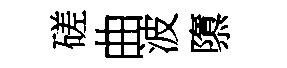
磋曲波隳